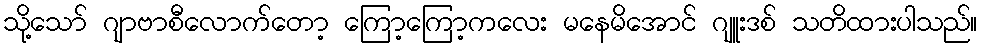
သို့သော် ဂျာဗာစီလောက်တော့ ကြော့ကြော့ကလေး မနေမိအောင် ဂျူးဒစ် သတိထားပါသည်။